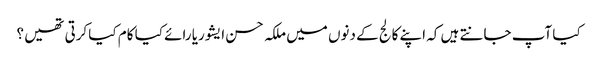
کیا آپ جانتے ہیں کہ اپنے کالج کے دنوں میں ملکہ حسن ایشوریا رائے کیا کام کیا کرتی تھیں ؟